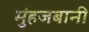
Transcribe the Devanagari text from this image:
मुंहजबानी